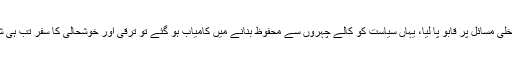
اگر ہم نے اپنے داخلی مسائل پر قابو پا لیا، یہاں سیاست کو کالے چہروں سے محفوظ بنانے میں کامیاب ہو گئے تو ترقی اور خوشحالی کا سفر تب ہی شروع ہو سکے گا۔